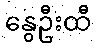
နွေဦးထီ